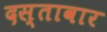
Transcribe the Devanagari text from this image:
दस्तावार